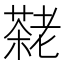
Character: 𫅷